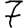
Digit: 7